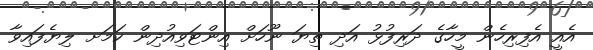
އެއީ އެފިރިހެން މީހާގެ ދަރިފުޅު އަދި ތިޔަ ނޫހަށް އިންޓަވިއުދިން ކަމަށ ލިޔެފައިވާ